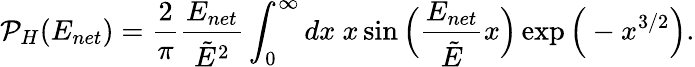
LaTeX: \mathcal{P}_{H}(E_{net})=\frac{2}{\pi}\frac{E_{net}}{\tilde{E}^{2}}\int_{0}^{\infty}dx~x\sin{\Big(\frac{E_{net}}{\tilde{E}}x\Big)}\exp{\Big(-x^{3/2}\Big)}.